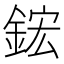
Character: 鋐